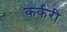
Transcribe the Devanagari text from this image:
कर्करी